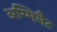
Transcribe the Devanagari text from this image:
अग्मिनैट